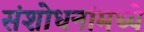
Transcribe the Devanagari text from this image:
संशोधनांमध्ये